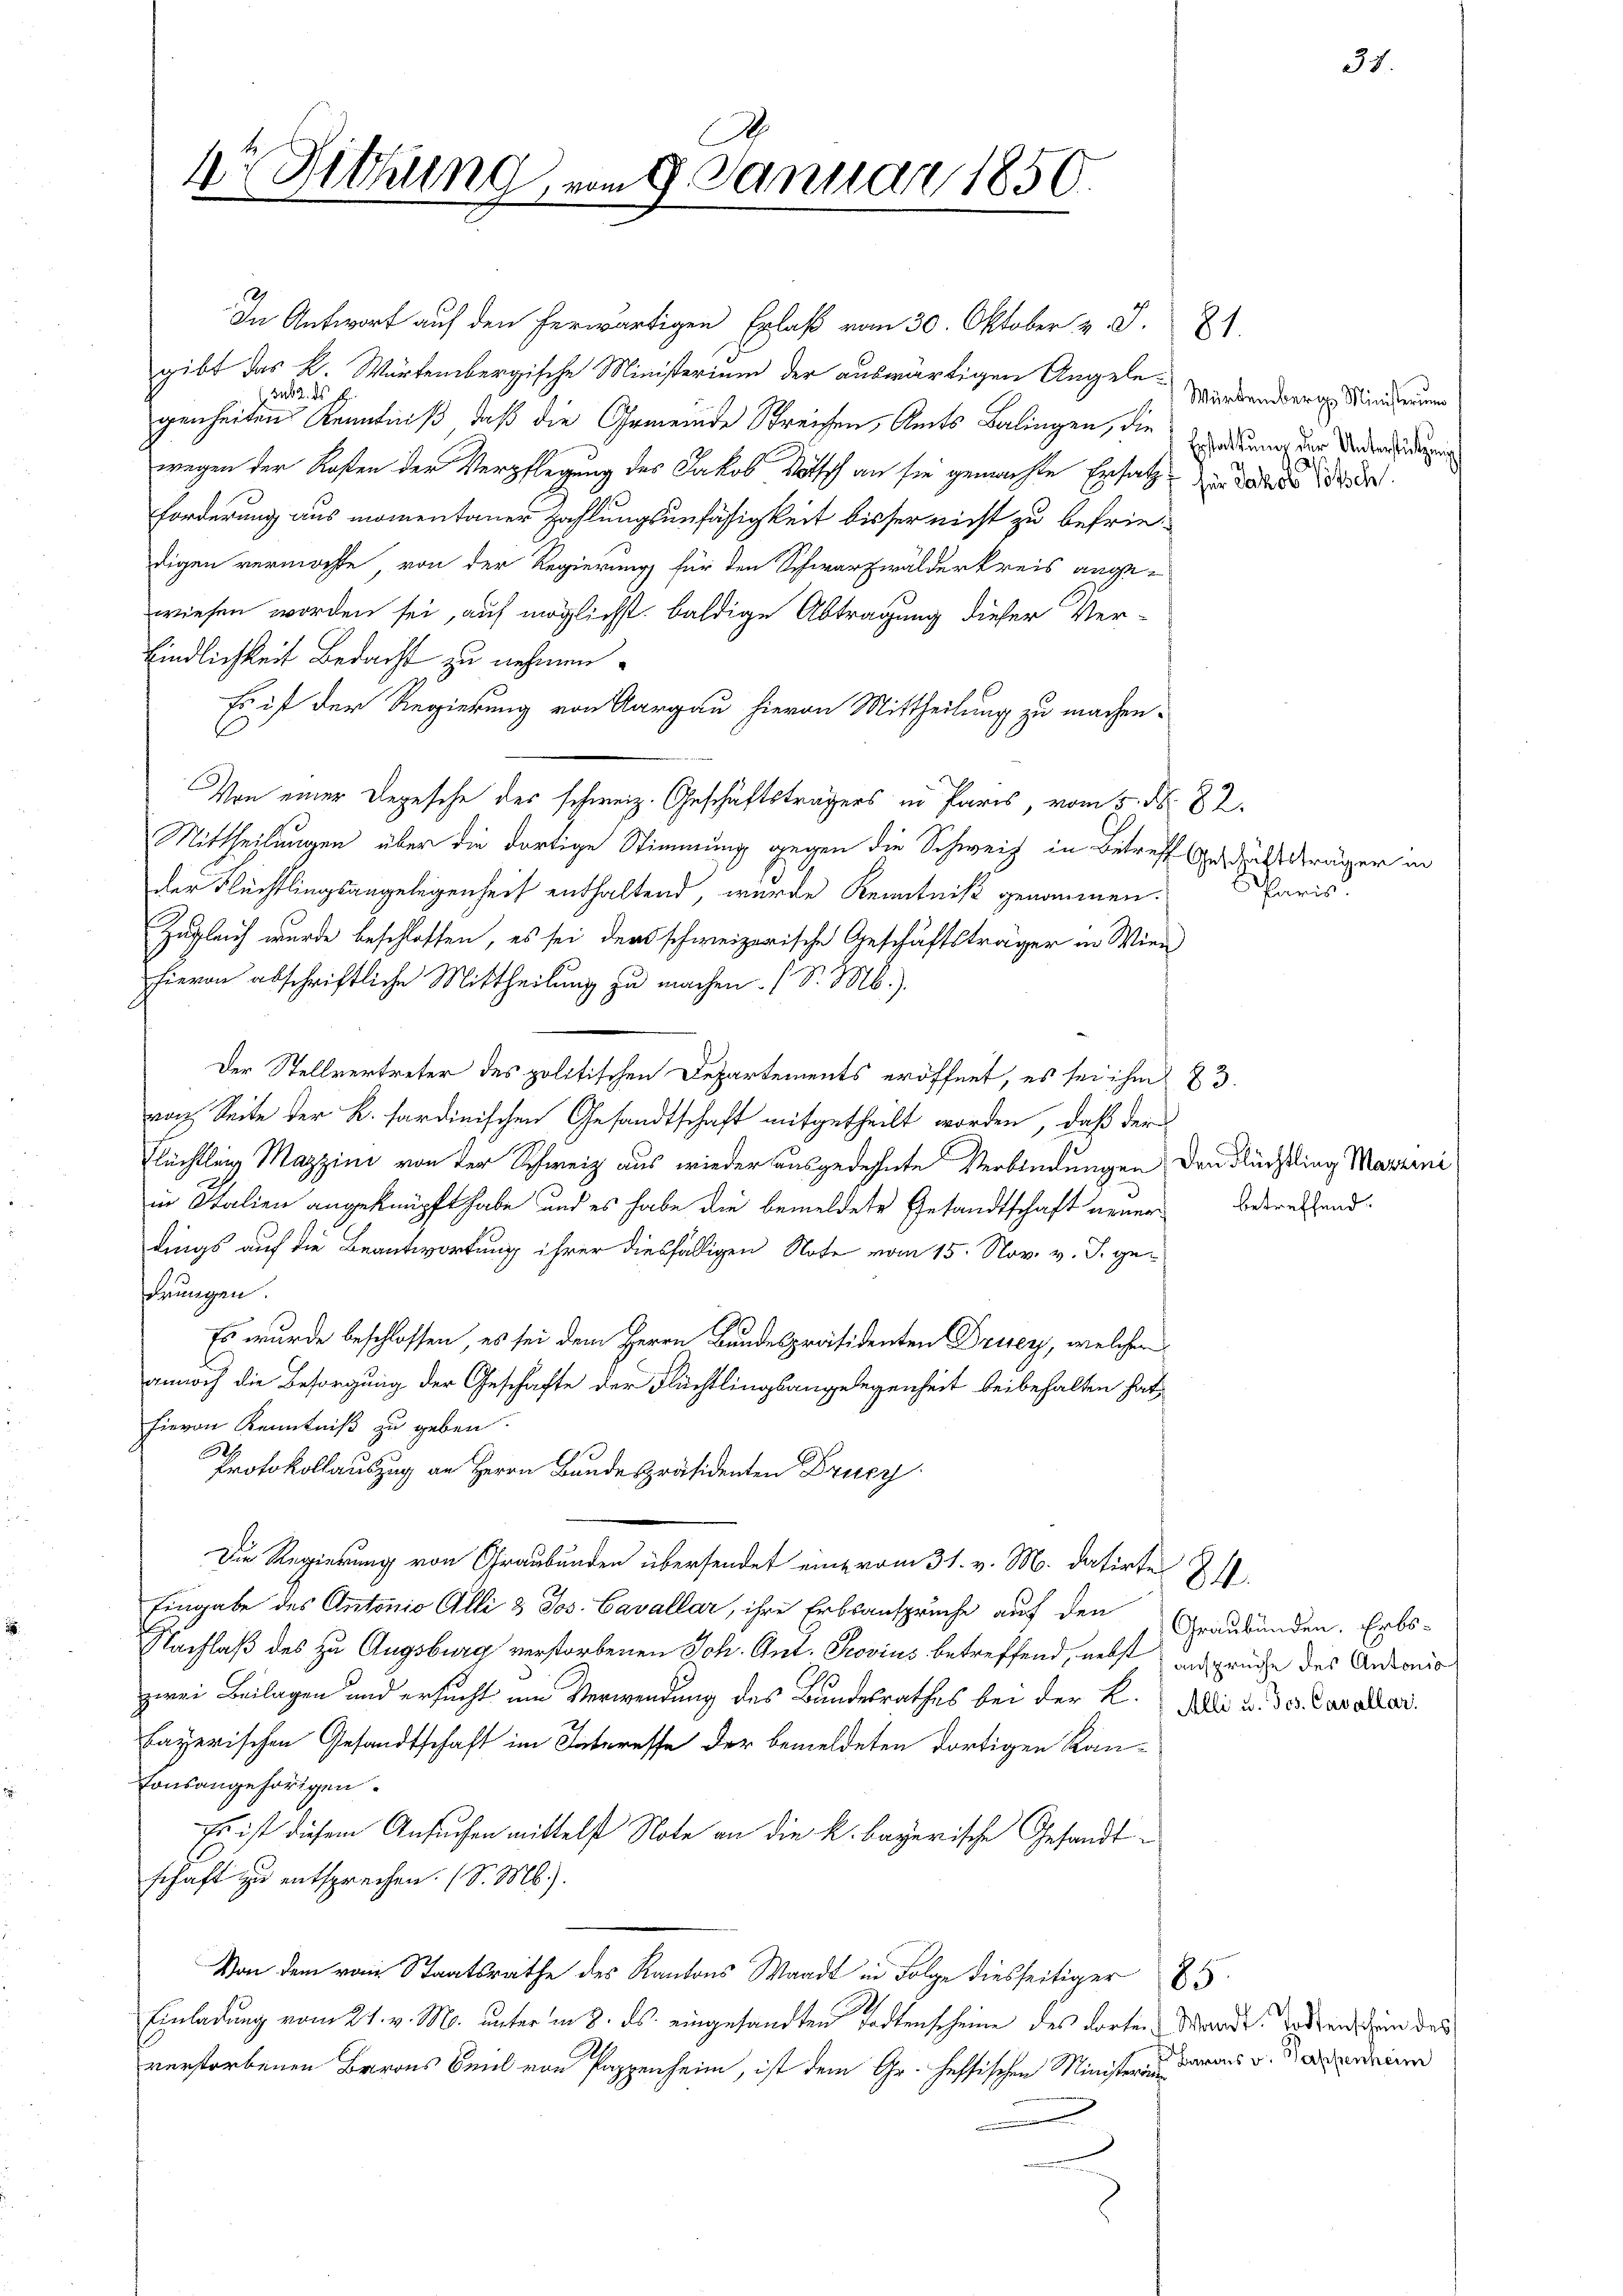
r Sitzung

am 9. Januar 1850.

In Antwort auf den herwärtigen Erlaß vom 30. Oktober v. J. 21.
gibt das K. Würtembergische Ministerium der auswärtigen Angelesub 2. ds
genheiten Kenntniß, daß die Gemeinde Streichen, Amts Balingen, die Erzadung der Sonderseitigung
wegen der Kosten der Verpflegung des Jakob Votsch an sie gemachte Ersatz zu den der de
forderung aus momentaner Zahlungsunfähigkeit bisher nicht zu befriedigen vermöchte, von der Regierung für den Schwarzwalderkreis angewiesen worden sei, auf möglichst baldige Abtragung dieser Ver-
bindlichkeit Bedacht zu nehmen.
Es ist der Regierung von Aargau hievon Mittheilung zu machen.
Von einer Depesche des schweiz. Geschäftsträgers in Paris, vom 5. N. 82.
Mittheilungen über die dortige Stimmung gegen die Schweiz in Betreff gedachträger
der Flüchtlingsangelegenheit enthaltend, wurde Kenntniß genommen.
Zugleich wurde beschlossen, es sei der schweizerische Geschäftsträger in Wien
hievon abschriftliche Mittheilung zu machen. (S. M.)
Der Stellvertreter des politischen Departements eröffnet, es sei ihm 83.
nach Seite der K. sardinischen Gesandtschaft mitgetheilt worden, daß der
Flüchtling Mazzini von der Schweiz aus wieder ausgedehnte Verbindungen den Nüchtling Martini
in Italien angeknüpft habe, und es habe die bemeldete Gesandtschaft neuern
dings auf die Beantwortung ihrer diesfälligen Note vom 15. Nov. v. J. geonungen.
Es wurde beschlossen, es sei dem Herrn Bundespräsidenten Druey, welchen
annoch die Besorgung der Geschäfte der Flüchtlingsangelegenheit beibehalten hat,
hievon Kenntniß zu geben.
Protokollauszug an Herrn Bundespräsidenten Drucz
Die Regierung von Graubünden übersendet eine vom 31. v. M. datirte
Eingabe des Antonio Alli & Jos. Cavallar, ihre Erbsanspruche auf den Graubünden. Erbs-
Nachlaß des zu Augsburg verstorbenen Joh. Ant. Provius betreffend, nebst ansprüche des Antonis
zwei Beilagen und ersucht im Verwendung des Bundesrathes bei der K. Mai d. des Cavallar
fayerischen Gesandtschaft im Interesse der bemeldeten dortigen Kantonsangehörigen.
Es ist diesem Ansuchen mittelst Note an die k. bayerische Gesandt-
schaft zu entsprechen. (S. M.).
Von dem vom Staatsrathe des Kantons Waadt in Folge diesseitiger 25.
Einladung vom 21. v. M. unter in 2. ds. eingesandten Todtenscheine des dorten Wande, hatten, den des
verstorbenen Barons Beil von Pappenheim, ist dem Gr. heffischen Ministeriu
.

Würtembergs Ministerium

paris.

betreffend.

84.

Barons v. Sappenheim